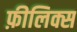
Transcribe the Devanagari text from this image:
फ़ीलिक्स